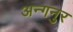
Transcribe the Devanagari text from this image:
अन्गनुर